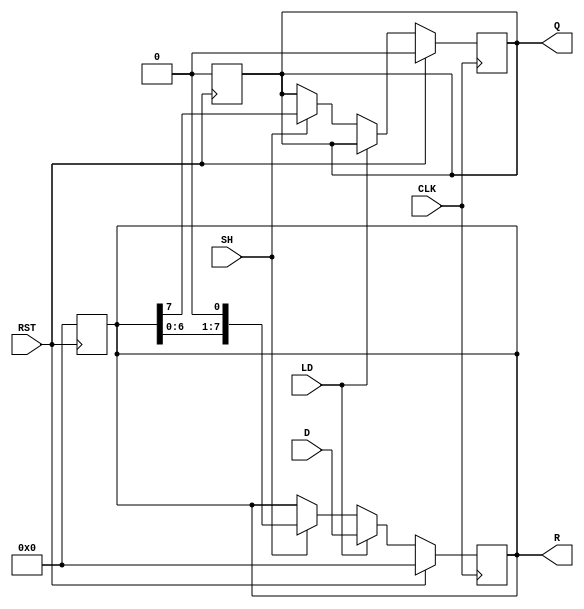
module loadable_piso_register (
    input wire [7:0] D,      // Data input bus
    input wire LD,           // Load control signal
    input wire SH,           // Shift control signal
    input wire CLK,          // Clock signal
    input wire RST,          // Asynchronous reset signal
    output reg Q,            // Serial output
    output reg [7:0] R       // Current state of the register
);

    // Asynchronous reset
    always @(posedge RST) begin
        R <= 8'b00000000;    // Clear register
        Q <= 1'b0;           // Clear serial output
    end

    // Main operation
    always @(posedge CLK) begin
        if (RST) begin
            R <= 8'b00000000; // Clear register on reset
            Q <= 1'b0;        // Clear serial output
        end
        else begin
            if (LD) begin
                R <= D;       // Load data from D into register R
            end
            else if (SH) begin
                Q <= R[7];    // Shift out the MSB (7th bit) to serial output Q
                R <= {R[6:0], 1'b0}; // Shift register contents to the right
            end
        end
    end

endmodule